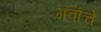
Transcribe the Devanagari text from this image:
गर्वाचे